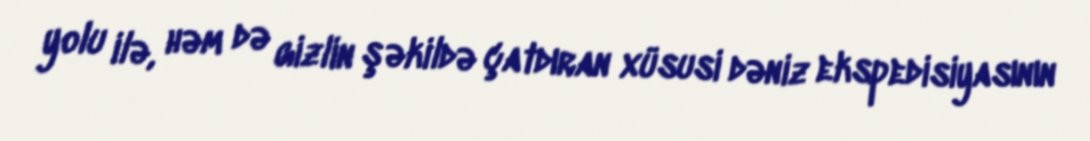
yolu ilə, həm də gizlin şəkildə çatdıran xüsusi dəniz ekspedisiyasının